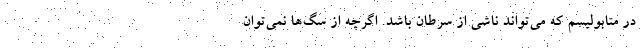
در متابولیسم که می‌تواند ناشی از سرطان باشد. اگرچه از سگ‌ها نمی‌توان